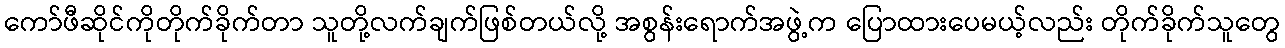
ကော်ဖီဆိုင်ကိုတိုက်ခိုက်တာ သူတို့လက်ချက်ဖြစ်တယ်လို့ အစွန်းရောက်အဖွဲ့က ပြောထားပေမယ့်လည်း တိုက်ခိုက်သူတွေ